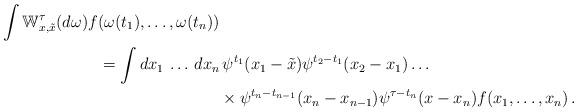
LaTeX: \begin{align*}\int \mathbb{W}^{\tau}_{x,\tilde{x}}(d \omega) f(\omega(t_1),\ldots,\omega(t_n))& \\= \int dx_1 \, \ldots \, dx_n &\, \psi^{t_1}(x_1-\tilde{x}) \psi^{t_2-t_1}(x_2-x_1) \ldots\\ & \times \psi^{t_{n}-t_{n-1}}(x_n-x_{n-1}) \psi^{\tau-t_{n}}(x-x_n) f(x_1 , \ldots, x_n)\,.\end{align*}